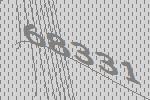
68331